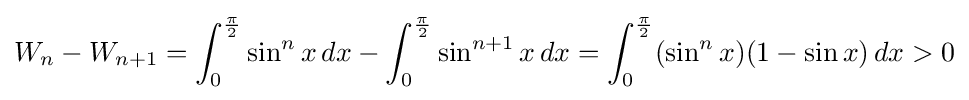
W_{n}-W_{n+1}=\int _{0}^{\frac {\pi }{2}}\sin ^{n}x\,dx-\int _{0}^{\frac {\pi }{2}}\sin ^{n+1}x\,dx=\int _{0}^{\frac {\pi }{2}}(\sin ^{n}x)(1-\sin x)\,dx>0